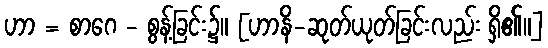
ဟာ = စာဂေ - စွန့်ခြင်း၌။ [ဟာနိ-ဆုတ်ယုတ်ခြင်းလည်း ရှိ၏။]